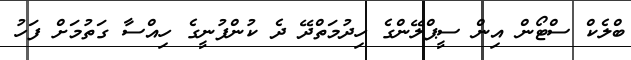
ބްލެކް ސްޓޯން އިން ސީޕްލޭންގެ ހިދުމަތްދޭ ދެ ކުންފުނީގެ ހިއްސާ ގަތުމަށް ފަހު